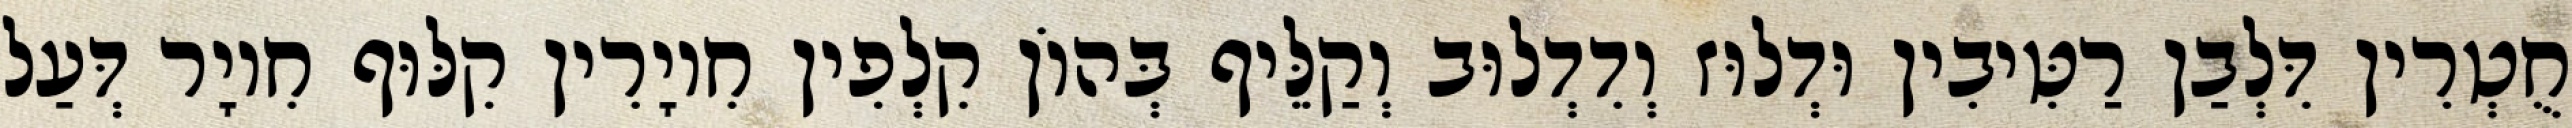
חֻטְרִין דִּלְבַן רַטִּיבִין וּדְלוּז וְדִדְלוּב וְקַלֵּיף בְּהוֹן קִלְפִין חִיוָרִין קִלּוּף חִיוָר דְּעַל